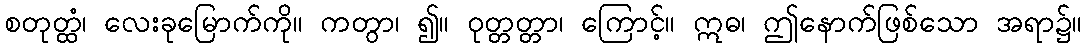
စတုတ္ထံ၊ လေးခုမြောက်ကို။ ကတွာ၊ ၍။ ဝုတ္တတ္တာ၊ ကြောင့်။ ဣဓ၊ ဤနောက်ဖြစ်သော အရာ၌။